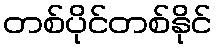
တစ်ပိုင်တစ်နိုင်